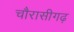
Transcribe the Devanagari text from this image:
चौरासीगढ़